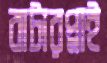
বাটারপ্লাই